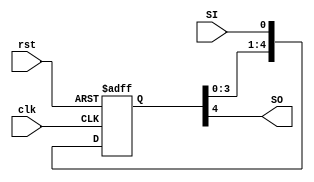
module SR_LR(SO, clk, rst, SI);
  input SI, clk, rst;
  output SO;
  
  reg [4:0]SR;
  
  always@(posedge clk, negedge rst)
    if(!rst)
      SR <= 5'd0;
  else
    SR <= {SR[3:0], SI};
  
  assign SO = SR[4];
  
endmodule